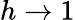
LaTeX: h\to 1